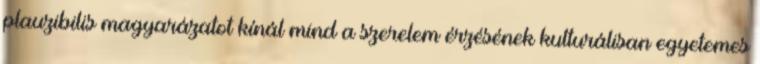
plauzibilis magyarázatot kínál mind a szerelem érzésének kulturálisan egyetemes